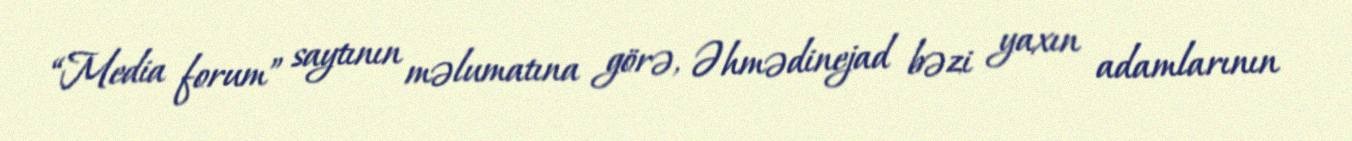
“Media forum” saytının məlumatına görə, Əhmədinejad bəzi yaxın adamlarının